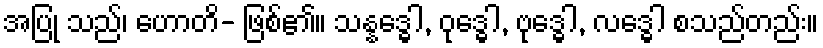
အပြု သည်၊ ဟောတိ- ဖြစ်၏။ သန္နဒ္ဓေါ, ဝုဒ္ဓေါ, ဗုဒ္ဓေါ, လဒ္ဓေါ စသည်တည်း။